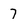
Character: 7